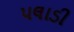
પલાડી